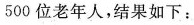
500位老年人，结果如下：